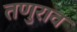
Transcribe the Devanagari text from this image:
तणुराव